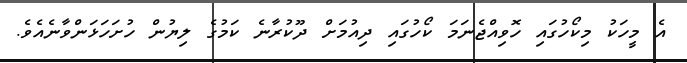
އެ މީހަކު މިކޯހުގައި ހޮވިއްޖެނަމަ ކޯހުގައި ދިއުމަށް ދޫކުރާނެ ކަމުގެ ލިޔުން ހުށަހަޅަންވާނެއެވެ.